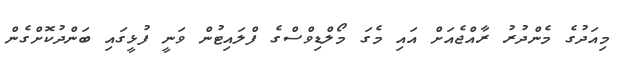
މިއަދުގެ މެންދުރު ރާއްޖެއަށް އައި މެގަ މޯލްޑިވްސްގެ ފްލައިޓުން ވަނީ ފުޅީގައި ބަންދުކޮށްގެން